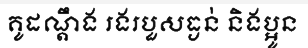
គូដណ្តឹង រងរបួសធ្ងន់ និងប្អូន